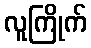
လူကြိုက်